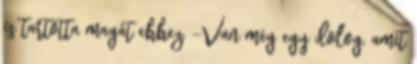
is tartotta magát ehhez. -Van még egy dolog, amit